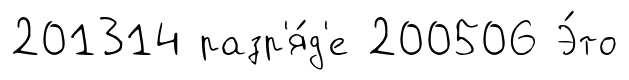
201314 разр'я́д'е 200506 Э́то